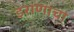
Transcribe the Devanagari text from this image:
इराणाचा